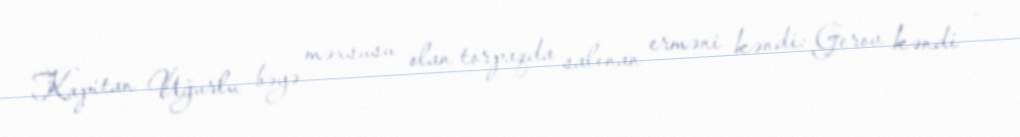
Kapitan Uğurlu bəyə məxsusu olan torpaqda salınan erməni kəndi: Gerov kəndi –